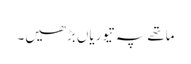
ماتھے پہ تیوریاں بڑھیں۔